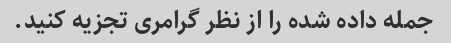
جمله داده شده را از نظر گرامری تجزیه کنید.